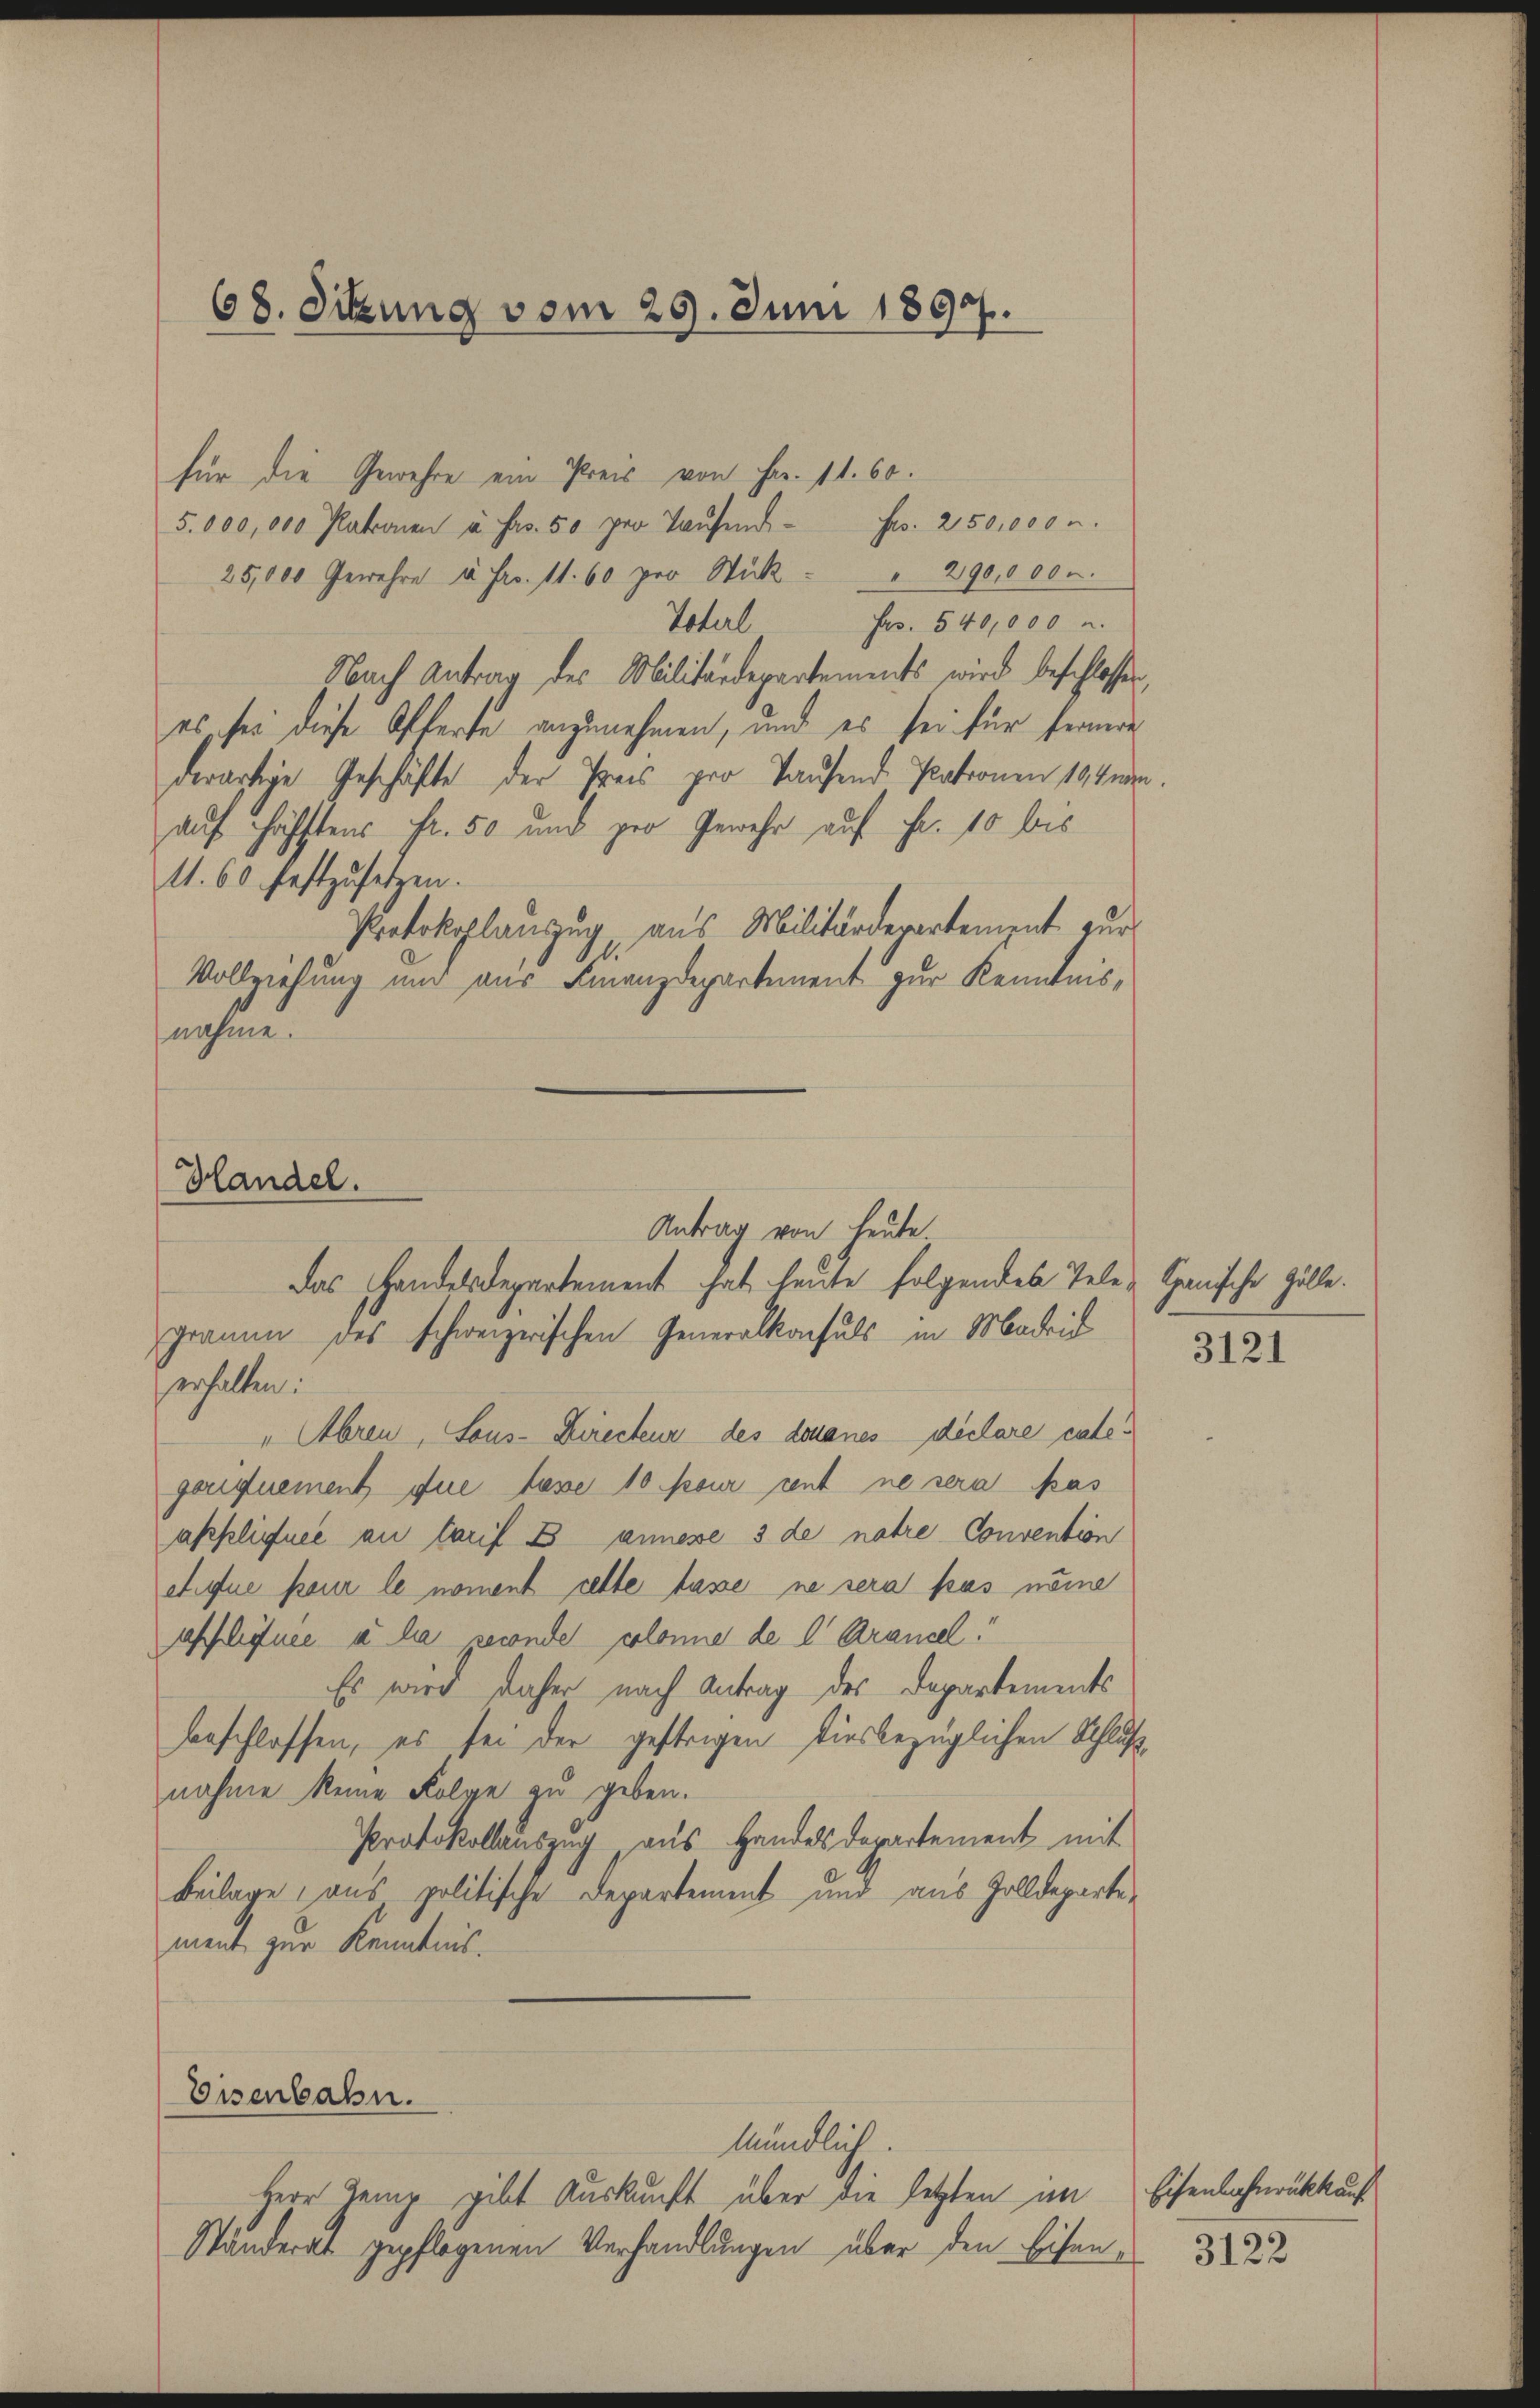
68. Sitzung vom 29. Juni 1897.

für die Gewehre ein Preis von Fr. 11. 60.
5.000,000 Patronen à Frs. 50 pro Taŭfend Fr. 250,000 u.
25,000 Gewehre à Fr. 11. 60 pro Stück " " 290,000.
Frs. 540,000 u.
Voterl
Nach Antrag des Militärdepartements wird beschlossen,
es sei diese Offerte anzunehmen, und es sei für fernere
derartige Geschäfte der Preis pro Taufend Patronen 19ten
auf hofftens Fr. 50 und pro Gewehr auf Fr. 10 bis
11. 60 festzusetzen.
Protokollanzug aus Militärdepartement zur
Vollziehung und aus Finanzdepartement zur Kenntnis,
nahme.

Handel.
Antrag von heute

Eisenbahn.

Das Handesdepartement hat heute folgendes Tele - Ganische Zolle.
gramm des schweizerischen Generalkonsuls in Madrid
erhalten:
" Abren, Sous-Directeur des donanes déclare categequement fuer Lasse 10 pour cent ne sera pas
applinee au tarif B annesse 3 de natre Convention
etfue pour le noment cette lasse ne sera pas nöme
appliquée à la reconde colonne de l' Arancel
Es wird daher nach Antrag des Departements
beschlossen, es sei der gestrigen diesbezüglichen Schlußnahme keine Folge zu geben.
Protokollauszug aus Handels Departement mit
Beilage aus politische Departement und aus Zolldepartement zur Kenntnis.

mündlich.
Herr Leip gibt Auskunft über die letzten an
Ständerat gepflogenen Verhandlungen über den Eisen

3121

Eisenbahnrückkauf